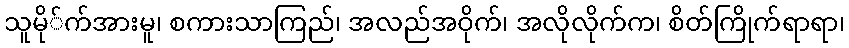
သူမို်က်အားမူ၊ စကားသာကြည်၊ အလည်အဝိုက်၊ အလိုလိုက်က၊ စိတ်ကြိုက်ရာရာ၊